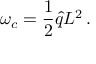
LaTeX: \omega _ { c } = \frac { 1 } { 2 } \hat { q } L ^ { 2 } \, .